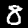
Digit: 8